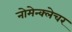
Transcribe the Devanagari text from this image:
नोमेन्क्लेचर